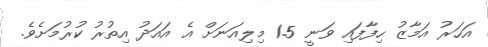
އަހަރު އަމާޒު ހިފާފައި ވަނީ 1.5 މިލިއަނަށް އެ އައަދު އިތުރު ކުރުމަށެވެ.